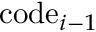
\mathrm { c o d e } _ { i - 1 }